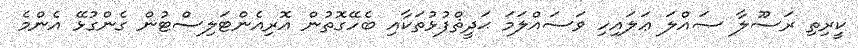
ކީރިތި ރަސޫލާ ޞައްލަ ޢަލައިހި ވަސައްލަމަ ޙަދީޘްފުޅުތަކާއި ބެހޭގޮތުން އޮރިއެންޓަލިސްޓުން ގެންގުޅޭ އެންމެ